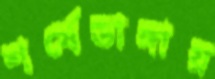
শর্ষেডাঙ্গায়